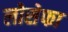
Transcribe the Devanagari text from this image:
लोसेफा